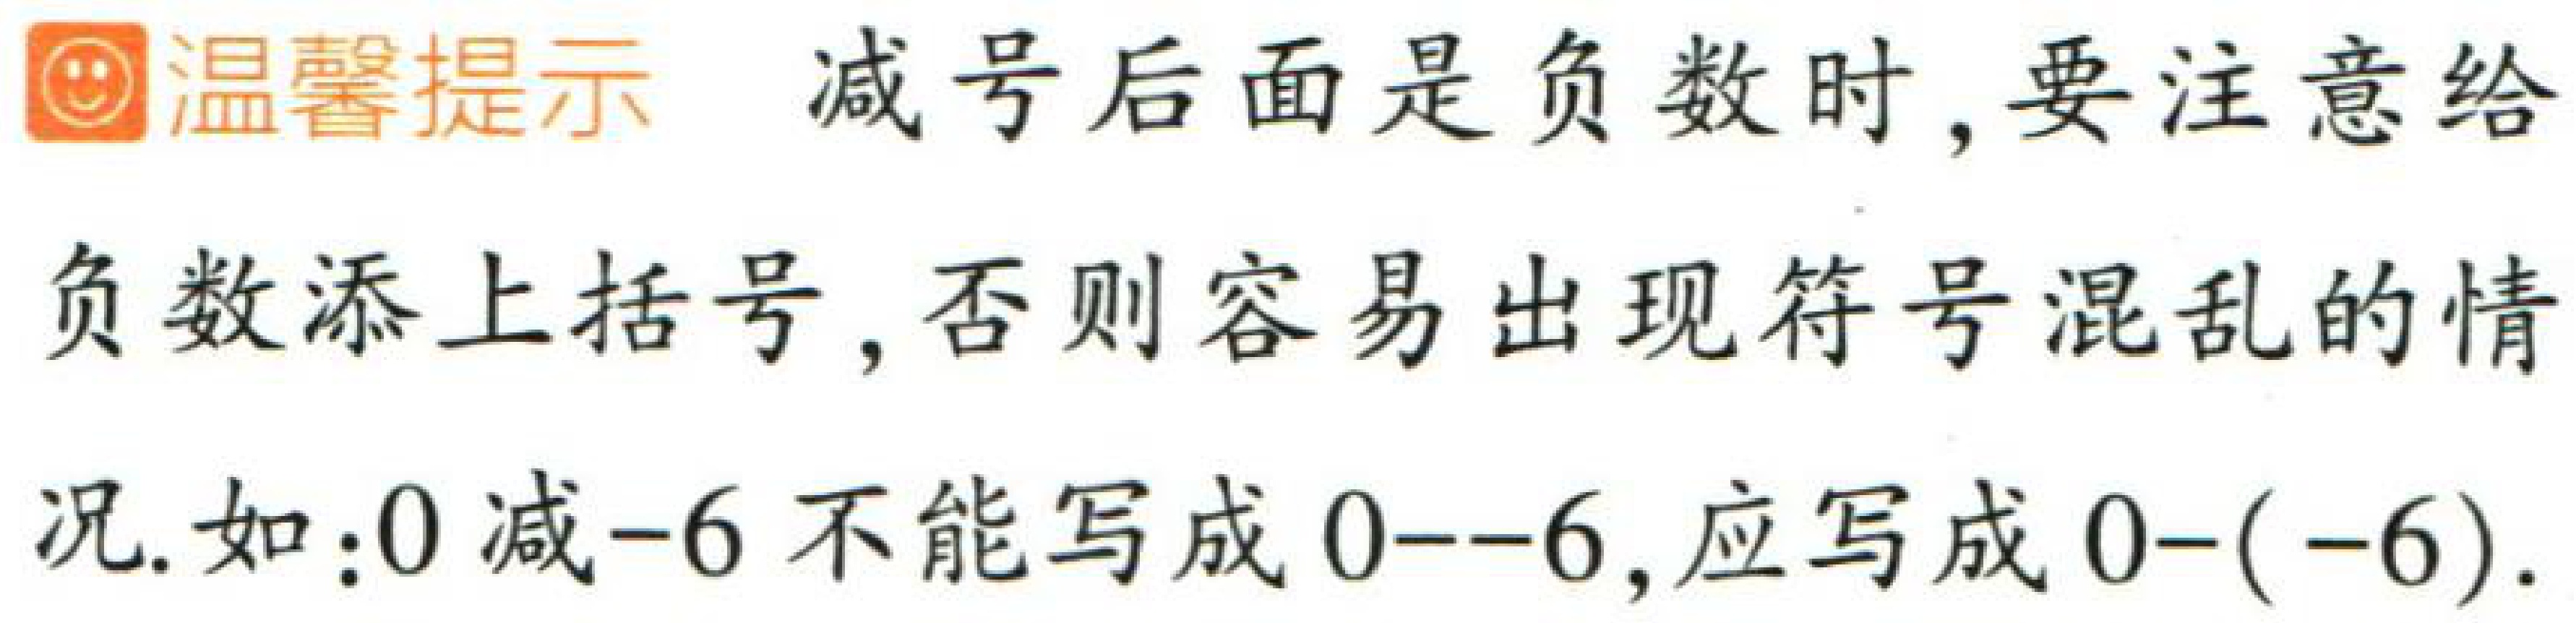
温馨提示：减号后面是负数时，要注意给负数添上括号，否则容易出现符号混乱的情况.如：$0$减$-6$不能写成$0--6$，应写成$0-(-6)$.